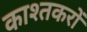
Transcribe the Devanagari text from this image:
काश्तकरों